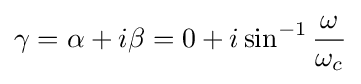
\gamma =\alpha +i\beta =0+i\sin ^{-1}{\frac {\omega }{\omega _{c}}}